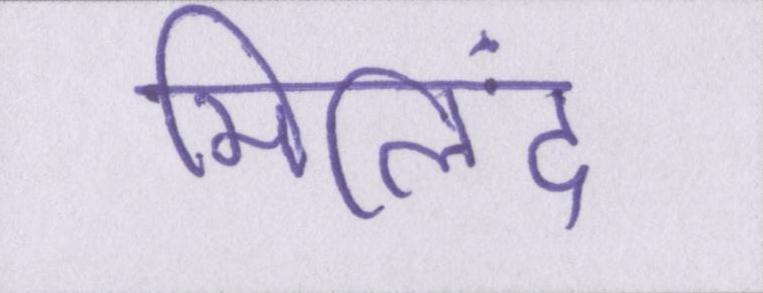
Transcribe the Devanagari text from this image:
मिलिंद